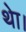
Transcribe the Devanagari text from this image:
थाे।